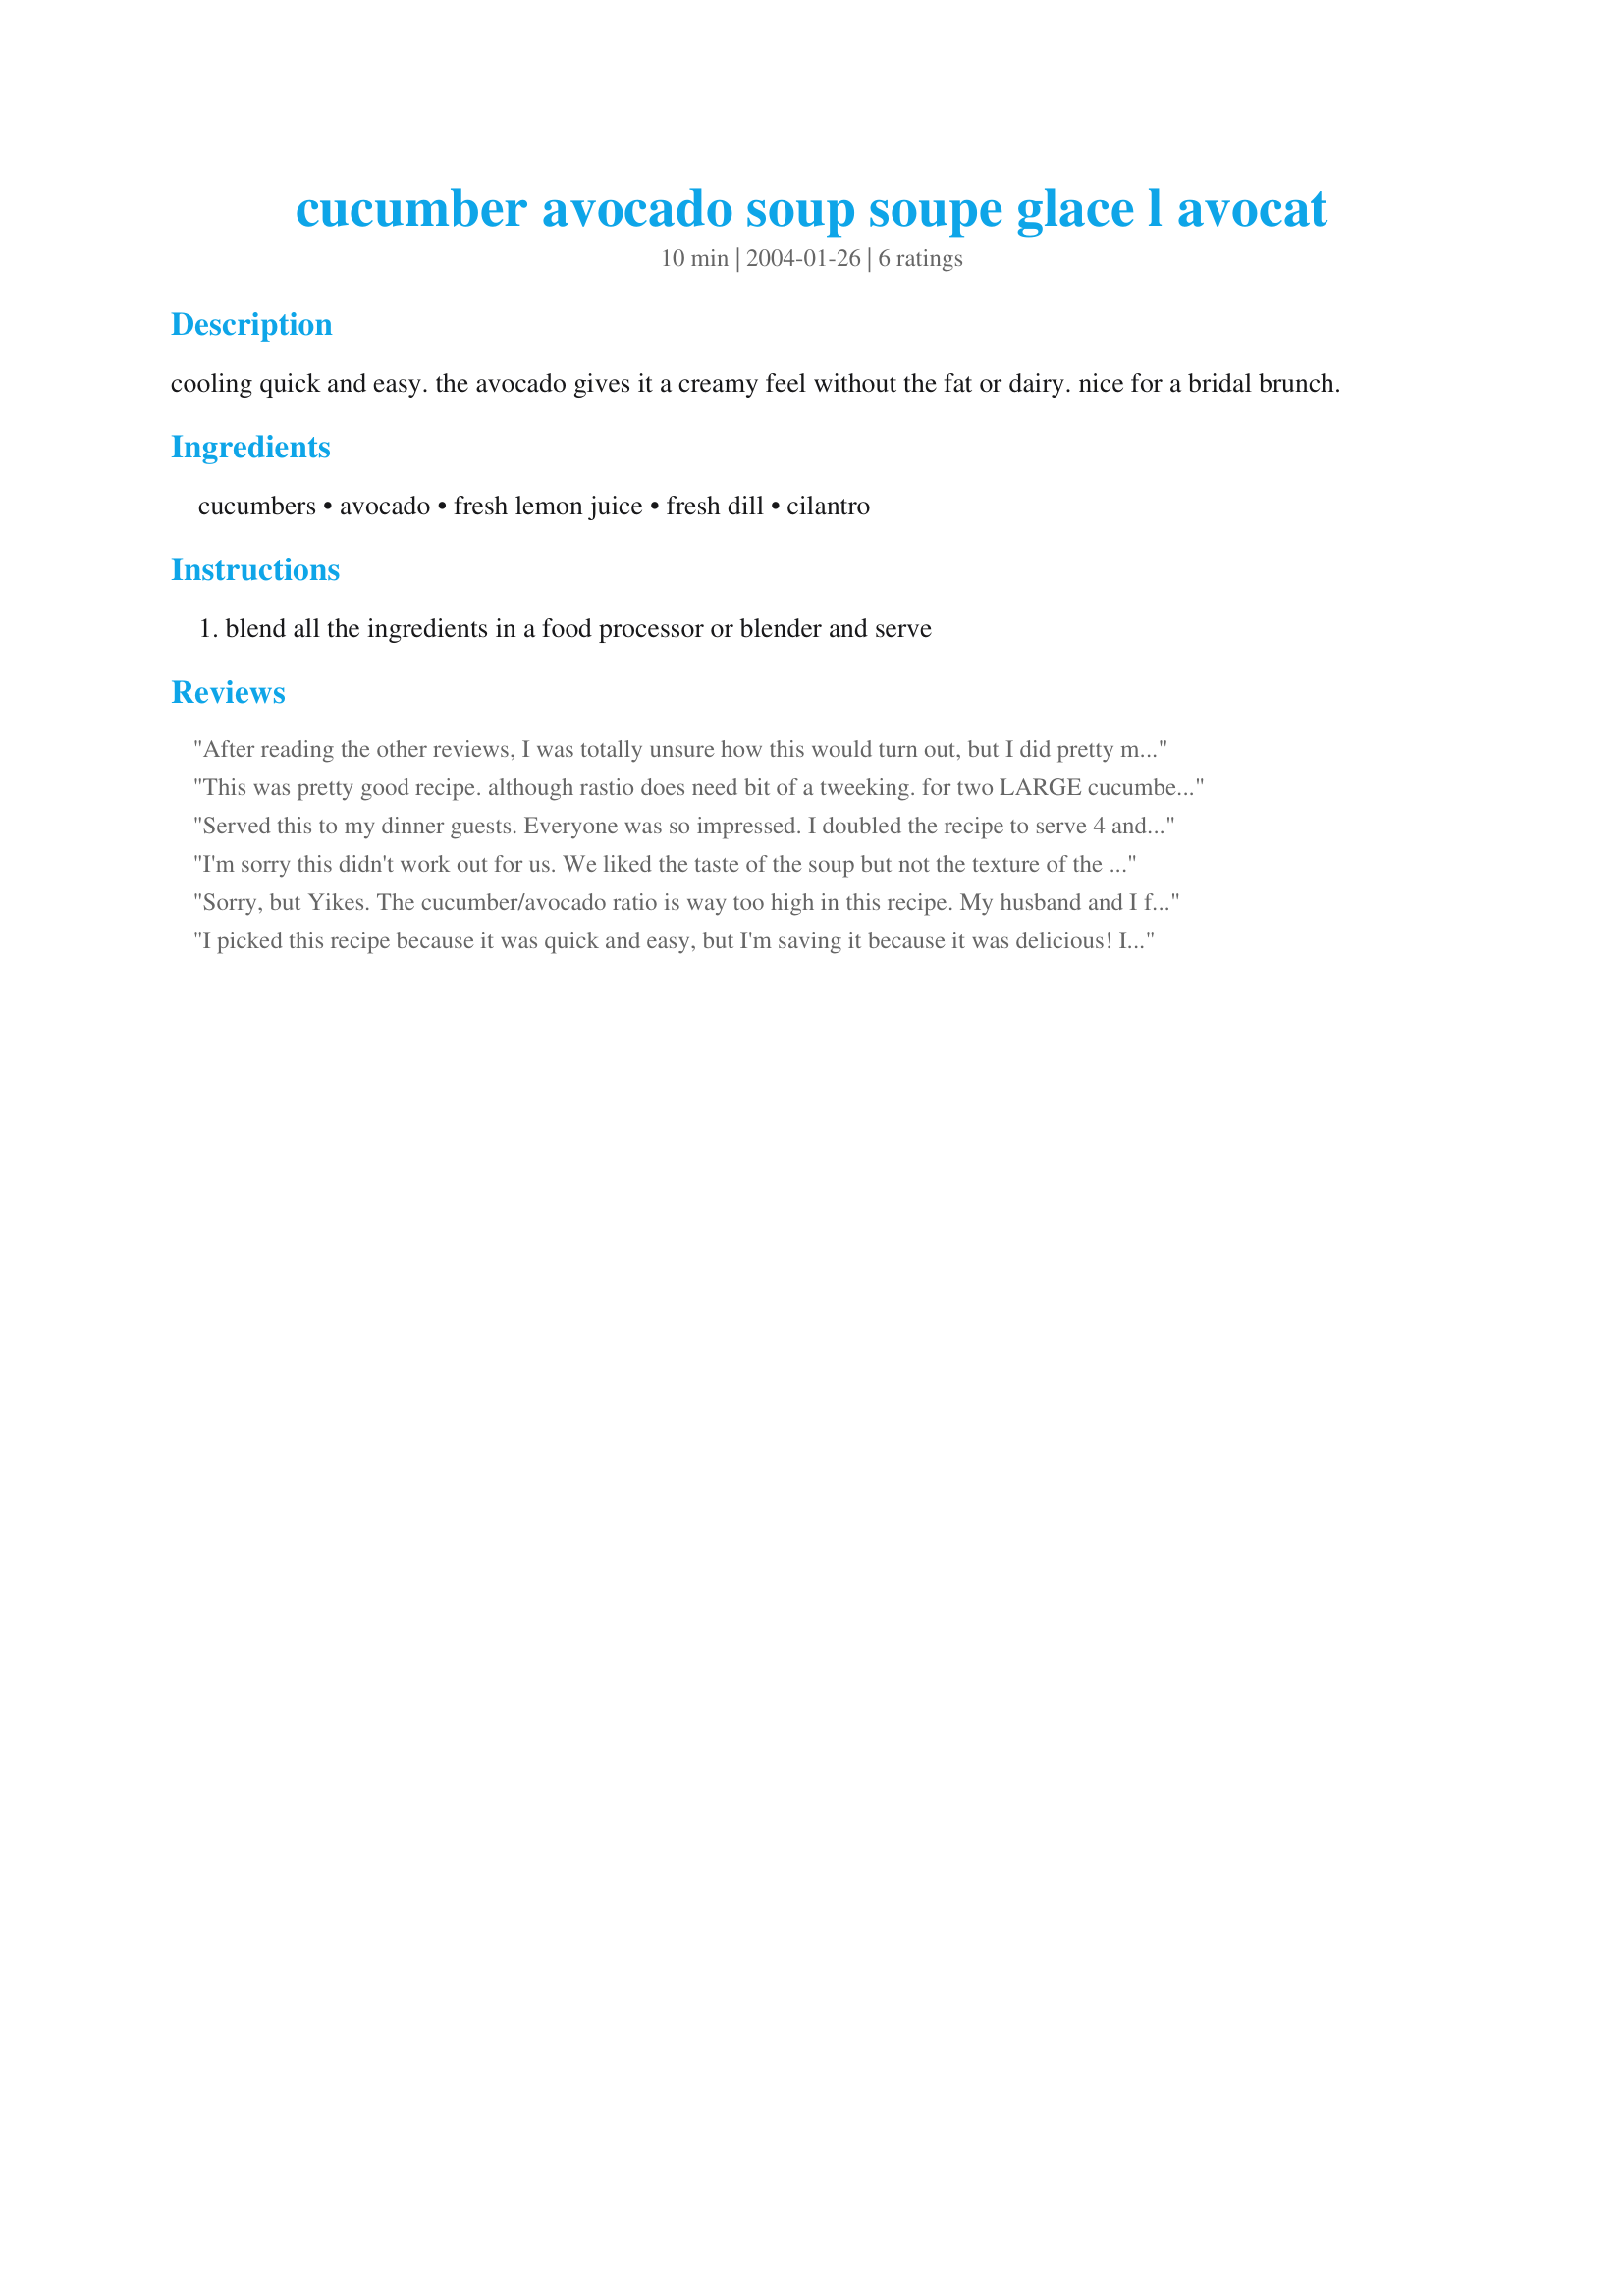
cucumber avocado soup soupe glace l avocat
Preparation time: 10 minutes

cooling quick and easy. the avocado gives it a creamy feel without the fat or dairy. nice for a bridal brunch.

Ingredients:
cucumbers, avocado, fresh lemon juice, fresh dill, cilantro

Steps:
blend all the ingredients in a food processor or blender and serve

Reviews:
After reading the other reviews, I was totally unsure how this would turn out, but I did pretty much follow it on down! I did have a large avocado & ended up using about 2/3 of it! I'm not much of an avocado fan, however, so this was divided up among my other half, my son & DIL, & they loved it & wished I'd made more! Maybe next time I'll even try some of it! [Made & reviewed in the Special Event ~ Adopt a Veggie Tag!]
This was pretty good recipe.

although rastio does need bit of a tweeking.

for two LARGE cucumbers:

if using california avocado(small ones), use 3~4times as much avocado

if using green (big)avocado, use whole.

cucumbers needs to be seeded otherwise it will turn watery (turns into "liquid cucumber" as natalia 3 would say).

otherwise, great cold soup.
Served this to my dinner guests. Everyone was so impressed. I doubled the recipe to serve 4 and used chopped red bell pepper and sprigs of cilantro as garnish. This recipe is a keeper, thanks!
I'm sorry this didn't work out for us. We liked the taste of the soup but not the texture of the avocado. It's a mystery to us, too. My apologies!
Sorry, but Yikes. The cucumber/avocado ratio is way too high in this recipe. My husband and I felt like we were just eating liquid cucumber. The only reason I didn't give it one star is that I may have pureed it too much, contributing to the scariness of it. Healthy yes, palatable...no. Try #55353 instead.
I picked this recipe because it was quick and easy, but I'm saving it because it was delicious! I used two large cucumbers (peeled and seeded) and one avocado. The result was a yummy fresh soup. Because it was thicker than I was wanting, I'm going to try it next time with the cucumber seeds in it to see if it will turn out a little more soupy (aka liquid cucumber :-)). But the flavor was light and just what I was looking for!
